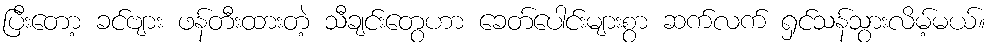
ပြီးတော့ ခင်ဗျား ဖန်တီးထားတဲ့ သီချင်းတွေဟာ ခေတ်ပေါင်းများစွာ ဆက်လက် ရှင်သန်သွားလိမ့်မယ်။